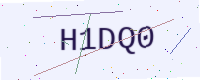
Text: H1DQ0